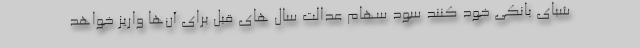
شبای بانکی خود کنند سود سهام عدالت سال های قبل برای آن‌ها واریز خواهد